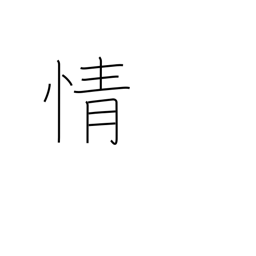
Meaning: emotion